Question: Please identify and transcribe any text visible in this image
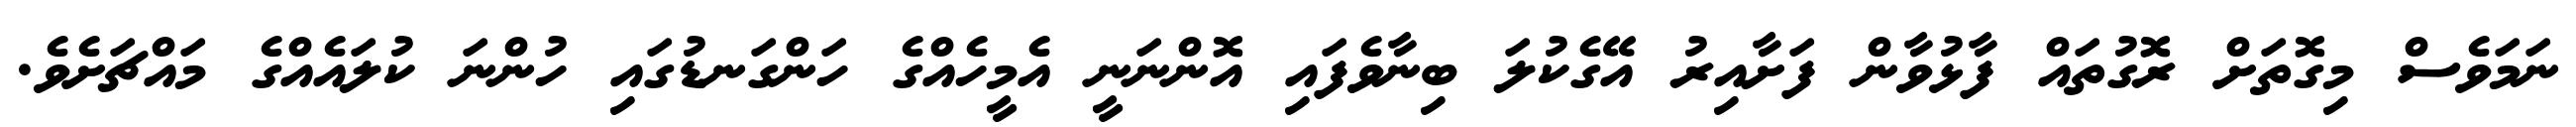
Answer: ނަމަވެސް މިގޮތަށް ރޮގުތައް ފާޅުވާން ފަށާއިރު އޭގެކުލަ ބިނާވެފައި އޮންނަނީ އެމީހެއްގެ ހަންގަނޑުގައި ހުންނަ ކުލައެއްގެ މައްޗަށެވެ.